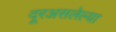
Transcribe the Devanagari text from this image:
दूरअसलेल्या